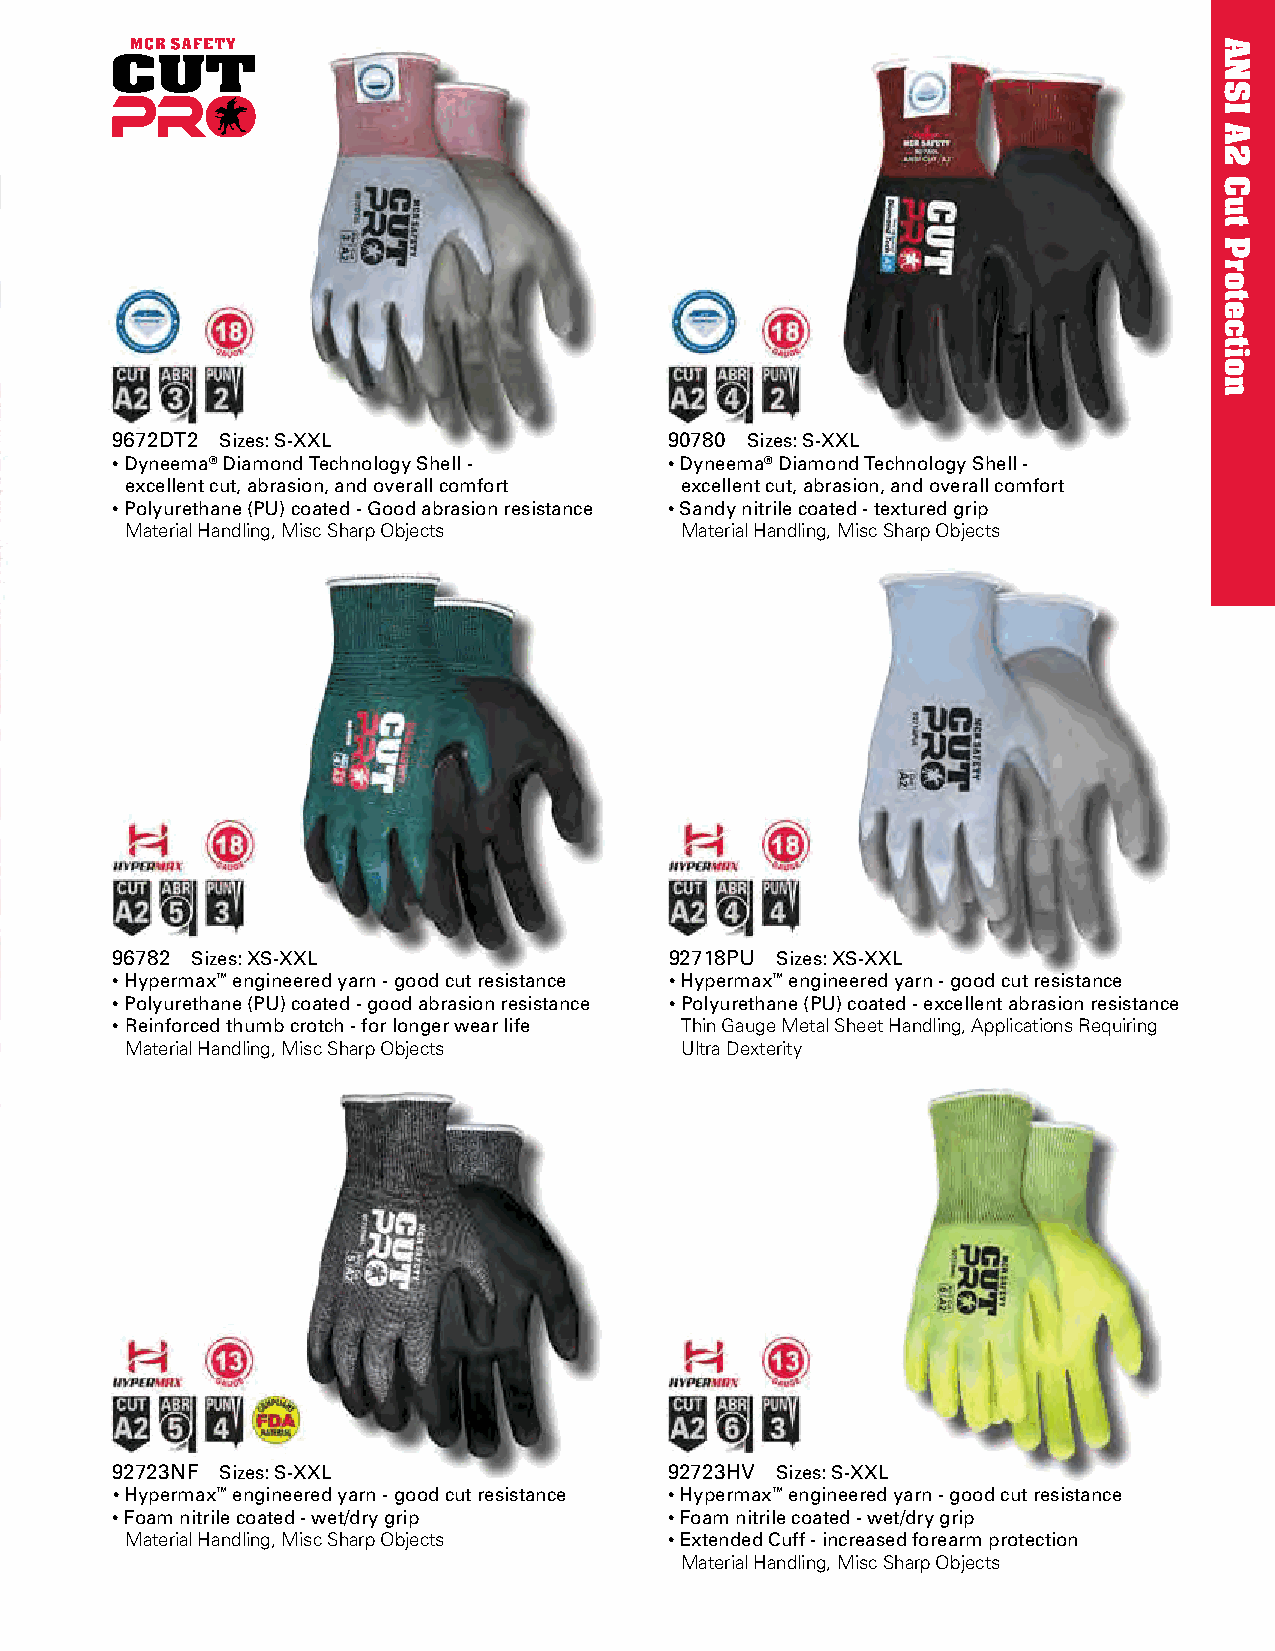
9672DT2 Sizes: S-XXL                 90780 Sizes: S-XXL
 • Dyneema® Diamond Technology Shell - • Dyneema® Diamond Technology Shell -
 excellent cut, abrasion, and overall comfort excellent cut, abrasion, and overall comfort
 • Polyurethane (PU) coated - Good abrasion resistance • Sandy nitrile coated - textured grip
 Material Handling, Misc Sharp Objects Material Handling, Misc Sharp Objects
 96782 Sizes: XS-XXL                  92718PU Sizes: XS-XXL
 • Hypermax™ engineered yarn - good cut resistance • Hypermax™ engineered yarn - good cut resistance
 • Polyurethane (PU) coated - good abrasion resistance • Polyurethane (PU) coated - excellent abrasion resistance
 • Reinforced thumb crotch - for longer wear life Thin Gauge Metal Sheet Handling, Applications Requiring
 Material Handling, Misc Sharp Objects Ultra Dexterity
 92723NF Sizes: S-XXL                 92723HV Sizes: S-XXL
 • Hypermax™ engineered yarn - good cut resistance • Hypermax™ engineered yarn - good cut resistance
 • Foam nitrile coated - wet/dry grip • Foam nitrile coated - wet/dry grip
 Material Handling, Misc Sharp Objects • Extended Cuff - increased forearm protection
 Material Handling, Misc Sharp Objects
 ANSI
 A2
 Cut
 Protection